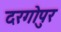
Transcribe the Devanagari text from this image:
दरगोपुर